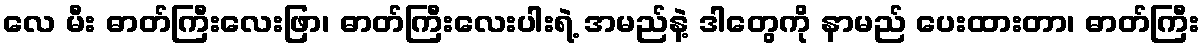
လေ မီး ဓာတ်ကြီးလေးဖြာ၊ ဓာတ်ကြီးလေးပါးရဲ့ အမည်နဲ့ ဒါတွေကို နာမည် ပေးထားတာ၊ ဓာတ်ကြီး